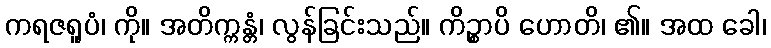
ကရဇရူပံ၊ ကို။ အတိက္ကန္တံ၊ လွန်ခြင်းသည်။ ကိဉ္စာပိ ဟောတိ၊ ၏။ အထ ခေါ၊